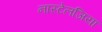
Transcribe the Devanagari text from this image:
नास्टेलजिया